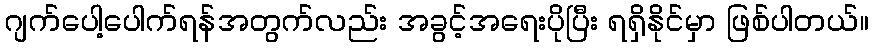
ဂျက်ပေါ့ပေါက်ရန်အတွက်လည်း အခွင့်အရေးပိုပြီး ရရှိနိုင်မှာ ဖြစ်ပါတယ်။